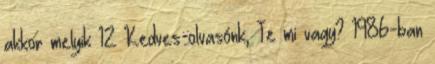
akkor melyik 12 Kedves olvasónk, Te mi vagy? 1986-ban